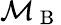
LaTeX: \mathcal{M}_{\mathrm{~B~}}